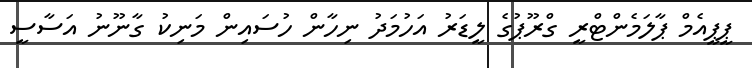
ޕީޕީއެމް ޕާލަމެންޓްރީ ގްރޫޕުގެ ލީޑަރު އަހުމަދު ނިހާން ހުސައިން މަނިކު ގާނޫނު އަސާސީ